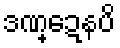
ဒဏ္ဍေနပိ